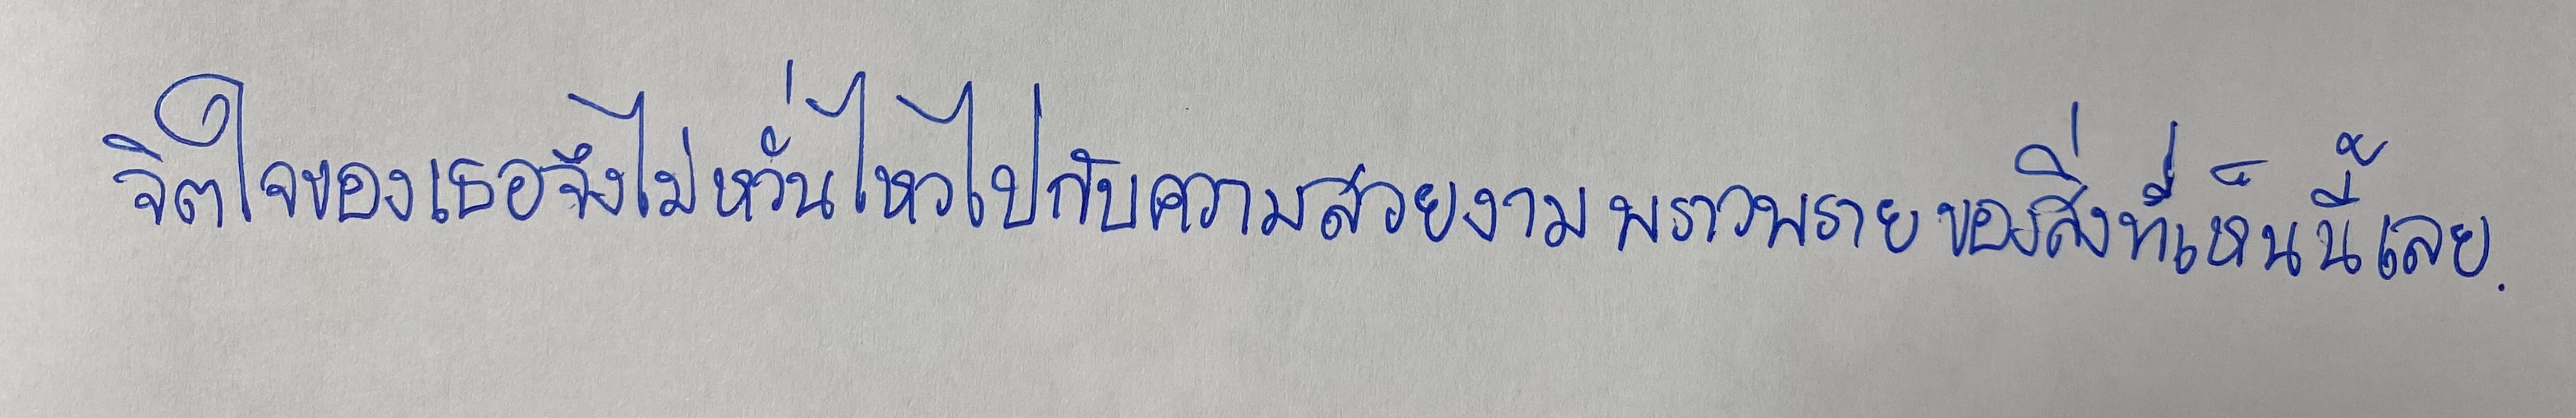
จิตใจของเธอจึงไม่หวั่นไหวไปกับความสวยงามพราวพรายของสิ่งที่เห็นนี้เลย